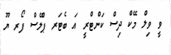
ވީ ވިލް މޭކް ދިސް ކަންޓްރީ އަ ބެޓަރ ޕްލޭސް ފޯރ ޔޫ